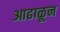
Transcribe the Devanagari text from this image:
आढाळून